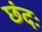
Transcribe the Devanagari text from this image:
छंदः